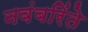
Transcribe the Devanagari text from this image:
नवंबरिंते